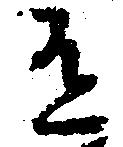
有